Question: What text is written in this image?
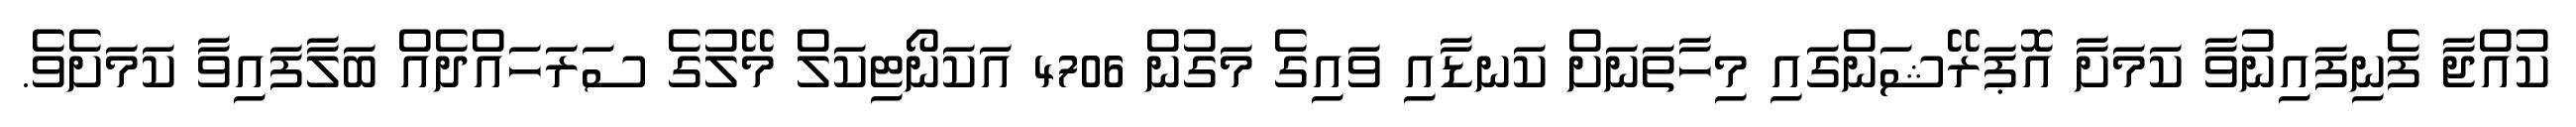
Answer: ކުއްޖާ ފެނިފައިނުވާ ކަމަށާ އޮޕަރޭޝަންގައި މިހާތަނަށް ކަނޑާއި ވައިގެ މަގުން 4706 އަކަނޯޓިކަލް މޭލުގެ ސަރަހައްދެއް ބަލާފައިވާ ކަމަށެވެ.